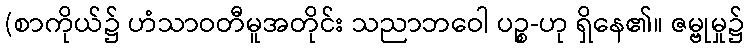
(စာကိုယ်၌ ဟံသာဝတီမူအတိုင်း သညာဘဝေါ ပဉ္စ-ဟု ရှိနေ၏။ ဇမ္ဗုမှု၌